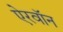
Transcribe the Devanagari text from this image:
ऐरवॉन